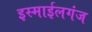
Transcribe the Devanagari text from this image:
इस्माईलगंज